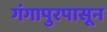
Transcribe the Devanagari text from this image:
गंगापुरपासून